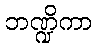
ဘဏ္ဍိကာ